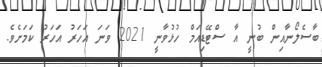
ބާސެލޯނާއިން ބުނީ އާ ސްޓޭޑިއަމް ހުޅުވާނީ 2021 ވަނަ އަހަރު އަހަރު ކަމަށެވެ.